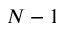
N - 1